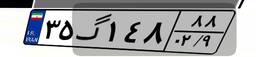
۳۵گ۱۴۸۸۸